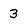
Character: 3